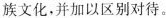
族文化，并加以区别对待。